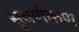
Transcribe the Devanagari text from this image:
सुवर्णकण